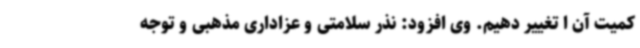
کمیت آن ا تغییر دهیم. وی افزود: نذر سلامتی و عزاداری مذهبی و توجه